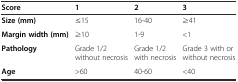
<table><thead><tr><td><b>Score</b></td><td><b>1</b></td><td><b>2</b></td><td><b>3</b></td></tr></thead><tbody><tr><td><b>Size (mm)</b></td><td>≤15</td><td>16-40</td><td>≥41</td></tr><tr><td><b>Margin width (mm)</b></td><td>≥10</td><td>1-9</td><td>&lt;1</td></tr><tr><td><b>Pathology</b></td><td>Grade 1/2 without necrosis</td><td>Grade 1/2 with necrosis</td><td>Grade 3 with or without necrosis</td></tr><tr><td><b>Age</b></td><td>&gt;60</td><td>40-60</td><td>&lt;40</td></tr></tbody></table>